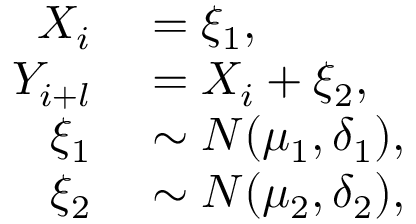
\begin{array} { r l } { X _ { i } } & { { } = \xi _ { 1 } , } \\ { Y _ { i + l } } & { { } = X _ { i } + \xi _ { 2 } , } \\ { \xi _ { 1 } } & { { } \sim N ( \mu _ { 1 } , \delta _ { 1 } ) , } \\ { \xi _ { 2 } } & { { } \sim N ( \mu _ { 2 } , \delta _ { 2 } ) , } \end{array}